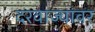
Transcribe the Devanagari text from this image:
दरवाज्यांवर